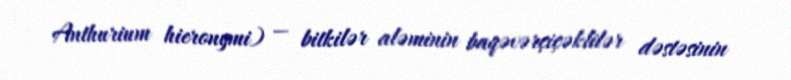
Anthurium hieronymi) — bitkilər aləminin baqəvərçiçəklilər dəstəsinin